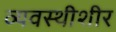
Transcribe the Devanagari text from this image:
व्यवस्थीशीर